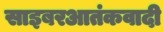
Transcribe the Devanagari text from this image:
साइबरआतंकवादी